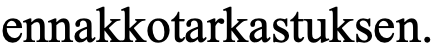
ennakkotarkastuksen.